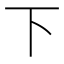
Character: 下